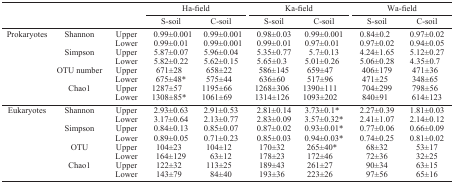
<table><thead><tr><td rowspan="3"></td><td rowspan="3"></td><td rowspan="3"></td><td colspan="2"><b>Ha-field</b></td><td colspan="2"><b>Ka-field</b></td><td colspan="2"><b>Wa-field</b></td></tr><tr><td><b>S-soil</b></td><td><b>C-soil</b></td><td><b>S-soil</b></td><td><b>C-soil</b></td><td><b>S-soil</b></td><td><b>C-soil</b></td></tr></thead><tbody><tr><td rowspan="8">Prokaryotes</td><td rowspan="2">Shannon</td><td>Upper</td><td>0.99±0.001</td><td>0.99±0.001</td><td>0.98±0.03</td><td>0.99±0.001</td><td>0.84±0.2</td><td>0.97±0.02</td></tr><tr><td>Lower</td><td>0.99±0.01</td><td>0.99±0.001</td><td>0.99±0.01</td><td>0.97±0.01</td><td>0.97±0.02</td><td>0.94±0.05</td></tr><tr><td rowspan="2">Simpson</td><td>Upper</td><td>5.87±0.07</td><td>5.96±0.04</td><td>5.35±0.77</td><td>5.7±0.13</td><td>4.24±1.65</td><td>5.12±0.27</td></tr><tr><td>Lower</td><td>5.82±0.22</td><td>5.62±0.15</td><td>5.65±0.3</td><td>5.01±0.26</td><td>5.06±0.28</td><td>4.35±0.7</td></tr><tr><td rowspan="2">OTU number</td><td>Upper</td><td>671±28</td><td>658±22</td><td>586±145</td><td>659±47</td><td>406±179</td><td>471±36</td></tr><tr><td>Lower</td><td>675±48*</td><td>575±44</td><td>636±60</td><td>517±96</td><td>471±25</td><td>348±65</td></tr><tr><td rowspan="2">Chao1</td><td>Upper</td><td>1287±57</td><td>1195±66</td><td>1268±306</td><td>1390±111</td><td>704±299</td><td>798±56</td></tr><tr><td>Lower</td><td>1308±85*</td><td>1061±69</td><td>1314±126</td><td>1093±202</td><td>840±91</td><td>614±123</td></tr><tr><td rowspan="8">Eukaryotes</td><td rowspan="2">Shannon</td><td>Upper</td><td>2.93±0.63</td><td>2.91±0.53</td><td>2.81±0.14</td><td>3.73±0.1*</td><td>2.27±0.39</td><td>1.81±0.03</td></tr><tr><td>Lower</td><td>3.17±0.64</td><td>2.13±0.77</td><td>2.83±0.09</td><td>3.57±0.32*</td><td>2.41±1.07</td><td>2.14±0.12</td></tr><tr><td rowspan="2">Simpson</td><td>Upper</td><td>0.84±0.13</td><td>0.85±0.07</td><td>0.87±0.02</td><td>0.93±0.01*</td><td>0.77±0.06</td><td>0.66±0.09</td></tr><tr><td>Lower</td><td>0.89±0.05</td><td>0.71±0.23</td><td>0.85±0.03</td><td>0.94±0.03*</td><td>0.74±0.25</td><td>0.81±0.02</td></tr><tr><td rowspan="2">OTU</td><td>Upper</td><td>104±23</td><td>104±12</td><td>170±32</td><td>265±40*</td><td>68±32</td><td>53±17</td></tr><tr><td>Lower</td><td>164±129</td><td>63±12</td><td>178±23</td><td>172±46</td><td>72±36</td><td>32±25</td></tr><tr><td rowspan="2">Chao1</td><td>Upper</td><td>122±32</td><td>113±25</td><td>189±43</td><td>261±27</td><td>90±34</td><td>63±15</td></tr><tr><td>Lower</td><td>143±79</td><td>84±40</td><td>193±36</td><td>223±26</td><td>97±56</td><td>65±16</td></tr></tbody></table>